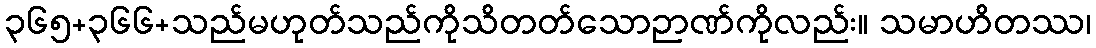
၃၆၅+၃၆၆+သည်မဟုတ်သည်ကိုသိတတ်သောဉာဏ်ကိုလည်း။ သမာဟိတဿ၊